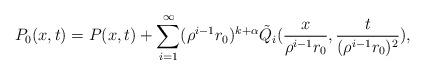
LaTeX: \begin{align*}P_0(x,t) = P(x,t) + \sum_{i=1}^{\infty } (\rho^{i-1} r_0)^{k+\alpha} \tilde Q_{i}(\frac{x}{\rho^{i-1} r_0}, \frac{t}{(\rho^{i-1} r_0)^2}),\end{align*}